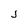
Character: j